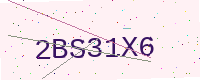
Text: 2BS31X6